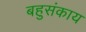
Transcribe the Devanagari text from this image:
बहुसंकाय